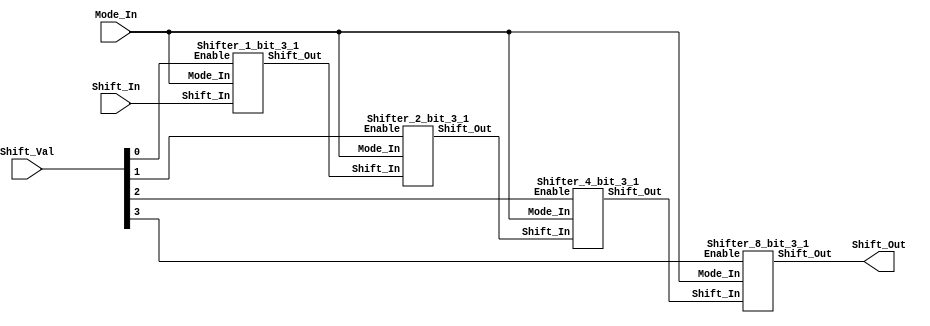
module Shifter_16bit(Shift_In, Mode_In, Shift_Val, Shift_Out);

input[15:0] Shift_In;
input [1:0] Mode_In; 
input [3:0] Shift_Val;
output[15:0] Shift_Out;
wire [15:0] Shift_Out0, Shift_Out1, Shift_Out2;

// mode 00:SLL
// mode 01:SRA
// mode 10:ROR

Shifter_1_bit_3_1 bit0(.Shift_In(Shift_In), .Mode_In(Mode_In), .Enable(Shift_Val[0]), .Shift_Out(Shift_Out0));
Shifter_2_bit_3_1 bit1(.Shift_In(Shift_Out0), .Mode_In(Mode_In), .Enable(Shift_Val[1]), .Shift_Out(Shift_Out1));
Shifter_4_bit_3_1 bit2(.Shift_In(Shift_Out1), .Mode_In(Mode_In), .Enable(Shift_Val[2]), .Shift_Out(Shift_Out2));
Shifter_8_bit_3_1 bit3(.Shift_In(Shift_Out2), .Mode_In(Mode_In), .Enable(Shift_Val[3]), .Shift_Out(Shift_Out));

endmodule

//Shift by 8 module
module Shifter_8_bit_3_1(Shift_In, Mode_In, Enable, Shift_Out);

input[15:0] Shift_In;
input [1:0] Mode_In; 
input Enable;
output[15:0] Shift_Out;
reg [15:0] Shft_o_pre;

always @* begin
       case(Mode_In)
        2'b00: Shft_o_pre = {{Shift_In[7:0]}, 8'b00000000};
        2'b01: Shft_o_pre = {{8{Shift_In[15]}},Shift_In[15:8]};
        2'b10: Shft_o_pre = {Shift_In[7:0],Shift_In[15:8]};
	default	: Shft_o_pre = Shift_In;
	endcase
end 

assign Shift_Out = Enable ? Shft_o_pre : Shift_In;

endmodule





//Shift by 4 
module Shifter_4_bit_3_1(Shift_In, Mode_In, Enable, Shift_Out);

input[15:0] Shift_In;
input [1:0] Mode_In; 
input Enable;
output[15:0] Shift_Out;
reg [15:0] Shft_o_pre;

always @* begin
       case(Mode_In)
        2'b00: Shft_o_pre = {{Shift_In[11:0]}, 4'b0000};
        2'b01: Shft_o_pre = {{4{Shift_In[15]}},Shift_In[15:4]};
        2'b10: Shft_o_pre = {Shift_In[3:0],Shift_In[15:4]};
	default	: Shft_o_pre = Shift_In;
	endcase
end 

assign Shift_Out = Enable ? Shft_o_pre : Shift_In;

endmodule






//Shift by 2 
module Shifter_2_bit_3_1(Shift_In, Mode_In, Enable, Shift_Out);

input[15:0] Shift_In;
input [1:0] Mode_In; 
input Enable;
output[15:0] Shift_Out;
reg [15:0] Shft_o_pre;


always @* begin
       case(Mode_In)
        2'b00: Shft_o_pre = {{Shift_In[13:0]}, 2'b00};
        2'b01: Shft_o_pre = {{2{Shift_In[15]}},Shift_In[15:2]};
        2'b10: Shft_o_pre = {Shift_In[1:0],Shift_In[15:2]};
	default	: Shft_o_pre = Shift_In;
	endcase
end 

assign Shift_Out = Enable ? Shft_o_pre : Shift_In;

endmodule





//Shift by 1 
module Shifter_1_bit_3_1(Shift_In, Mode_In, Enable, Shift_Out);

input[15:0] Shift_In;
input [1:0] Mode_In; 
input Enable;
output[15:0] Shift_Out;
reg [15:0] Shft_o_pre;

always @* begin
       case(Mode_In)
        2'b00: Shft_o_pre = {{Shift_In[14:0]}, 1'b0};
        2'b01: Shft_o_pre = {Shift_In[15],Shift_In[15:1]};
        2'b10: Shft_o_pre = {Shift_In[0],Shift_In[15:1]};
	default	: Shft_o_pre = Shift_In;
	endcase
end 

assign Shift_Out = Enable ? Shft_o_pre : Shift_In;

endmodule